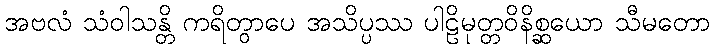
အဗလံ သံဝါသန္တိ ကရိတွာပေ အသိပ္ပဿ ပါဠိမုတ္တဝိနိစ္ဆယော သီမတော